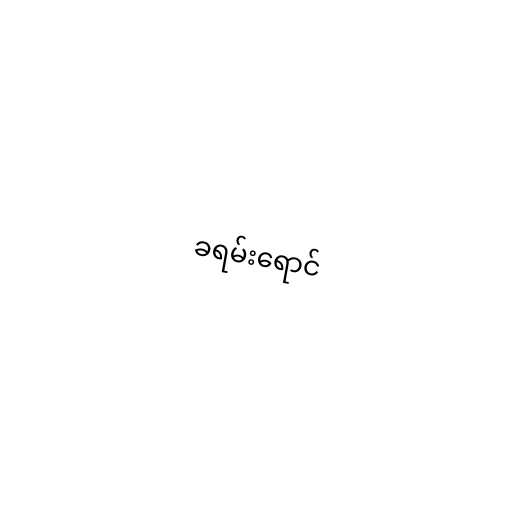
ခရမ်းရောင်